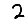
Digit: 2